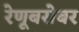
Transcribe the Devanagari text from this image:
रेणूबरोबर